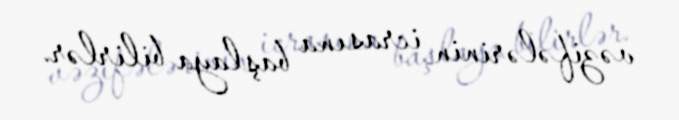
vəzifələrinin icrasına başlaya bilirlər.